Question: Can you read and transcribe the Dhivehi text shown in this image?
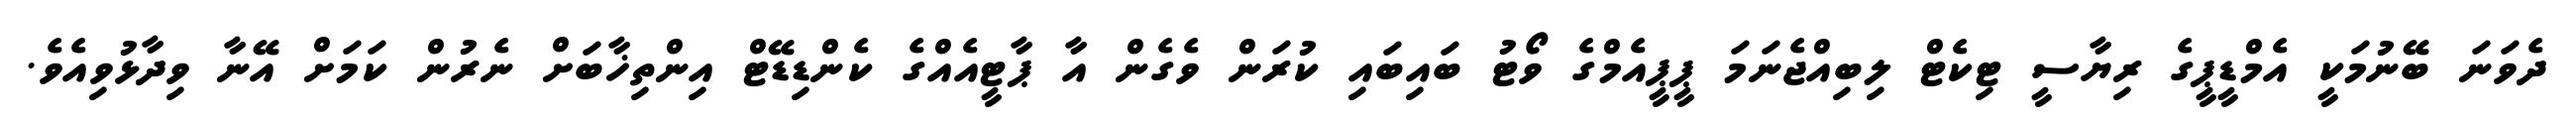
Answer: ދެވަނަ ބޭނުމަކީ އެމްޑީޕީގެ ރިޔާސީ ޓިކެޓް ލިބިއްޖެނަމަ ޕީޕީއެމްގެ ވޯޓު ބައިބައި ކުރަން ވެގެން އާ ޕާޓީއެއްގެ ކެންޑިޑޭޓް އިންތިޚާބަށް ނެރުން ކަމަށް އޭނާ ވިދާޅުވިއެވެ.